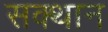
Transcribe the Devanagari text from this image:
सक्थान